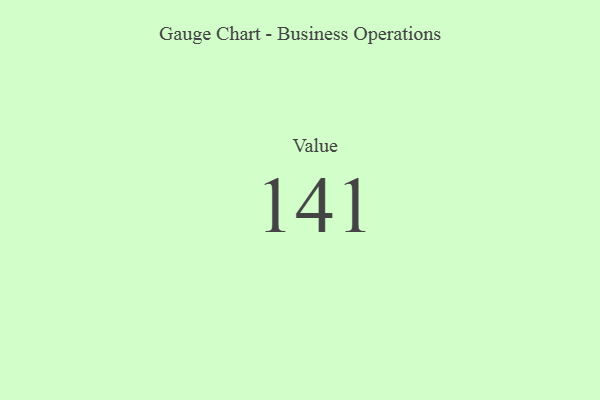
{"axis": {"x": "Metric", "y": "Value"}, "legend": [""], "data": [{"x": "Value", "y": 141, "type": ""}]}